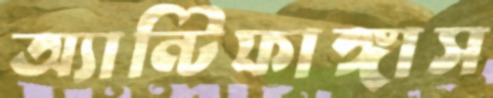
অ্যান্টিফাঙ্গাস